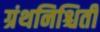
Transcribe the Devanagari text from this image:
ग्रंथनिश्चिती